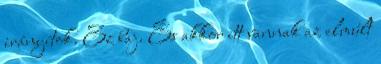
irányítok. Ez baj. És akkor itt vannak az elmúlt